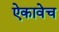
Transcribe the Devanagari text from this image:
ऐकावेच